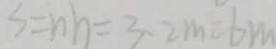
s = n h = 3 . 2 m = 6 m